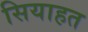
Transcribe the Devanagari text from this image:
सियाहत